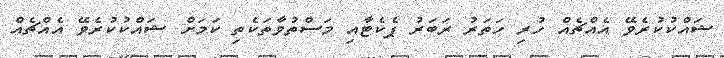
ޝައްކުކުރެވޭ އެއްޗެއް ހުރި ހަތަރު ރަބަރު ޕެކެޓާއި މަސްތުވާތަކެތި ކަމަށް ޝައްކުކުރެވޭ އެއްޗެއް